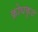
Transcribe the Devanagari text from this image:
क्रोधकृत